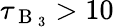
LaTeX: \tau_{\mathrm{~B~}_{3}}>10